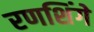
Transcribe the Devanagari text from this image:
रणशिंगे